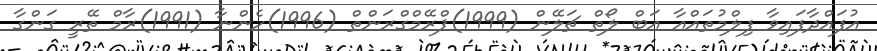
އުފައްދާފައިވާ ފިލްމުތައްއާ އަބް ލޯތް ޗަލޭން (1999)ޕްރޭމްގްރަންތް (1996)ހެންނާ (1991)ރާމް ތޭރީ ގަންގާ